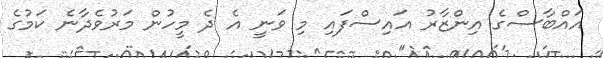
އައްބާސްގެ އިންޒާރު އައިސްފައި މި ވަނީ އެ ދެ މީހުން މަރުވެދާނެ ކަމުގެ